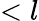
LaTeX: <l